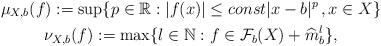
LaTeX: \begin{gather*}\mu_{X,b}(f):=\sup\{p\in\mathbb{R}:|f(x)|\leq const|x-b|^{p}\,,x\in X\}\\\nu_{X,b}(f):=\max\{l\in\mathbb{N}:f\in\mathcal{F}_{b}(X)+\widehat{m}_{b}^{l}\},\end{gather*}